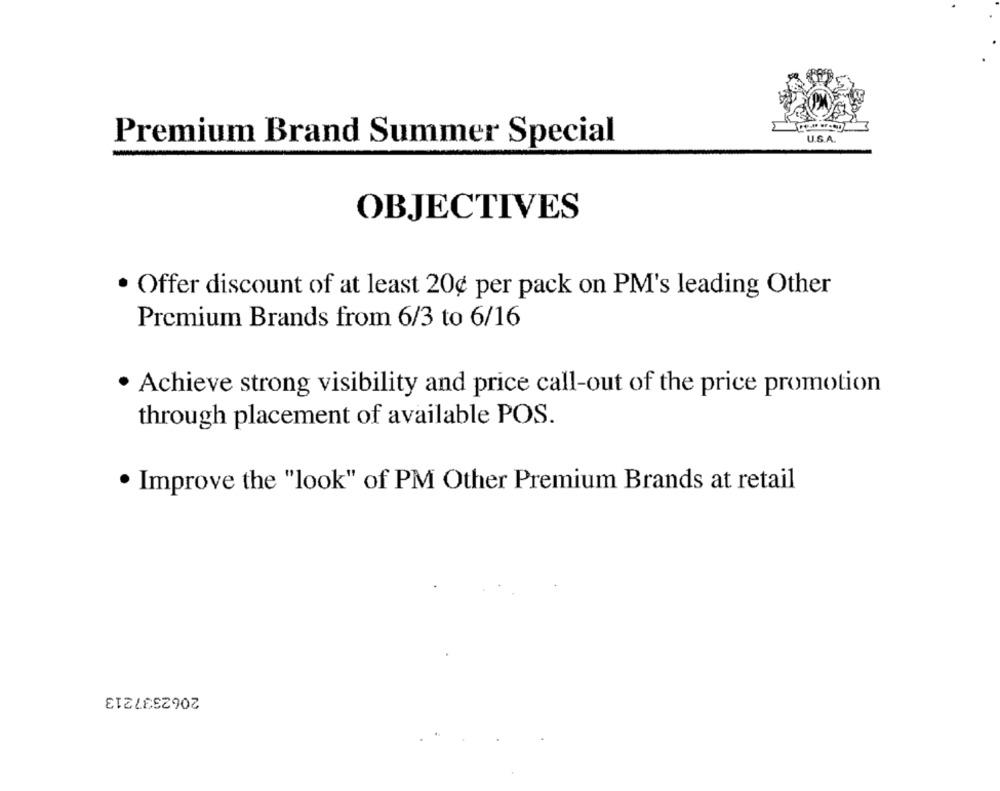
Premium Brand Summer Special
U.S.A.
-
OBJECTIVES
· Offer discount of at least 20¢ per pack on PM's leading Other
Premium Brands from 6/3 to 6/16
Achieve strong visibility and price call-out of the price promotion
through placement of available POS.
. Improve the "look" of PM Other Premium Brands at retail
2062337213